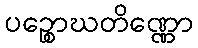
ပဉ္စောဃတိဏ္ဏော